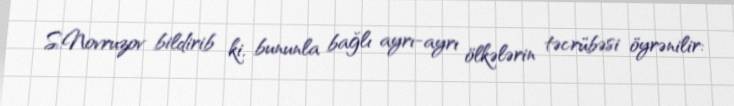
S.Novruzov bildirib ki, bununla bağlı ayrı-ayrı ölkələrin təcrübəsi öyrənilir: